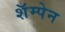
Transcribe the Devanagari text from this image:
शॅम्पेन